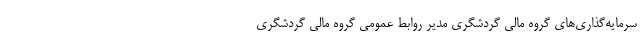
سرمایه‌گذاری‌های گروه مالی گردشگری مدیر روابط عمومی گروه مالی گردشگری